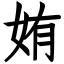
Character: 姷